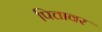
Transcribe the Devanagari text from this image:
पित्तावर